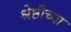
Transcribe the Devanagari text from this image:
श्रेष्ठीच्या